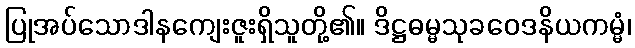
ပြုအပ်သောဒါနကျေးဇူးရှိသူတို့၏။ ဒိဋ္ဌဓမ္မသုခဝေဒနိယကမ္မံ၊